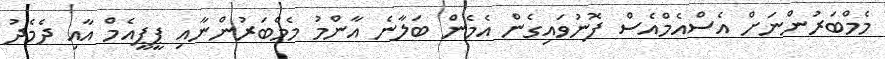
މެމްބަރުންނަށް އެސްއެމްއެސް ފޮނުވައިގެން އެމެން ބަލާނެ އާންމު މެމްބަރުންނާއި ޕީޕީއެމް އާއި ދެމެދު